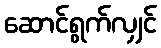
ဆောင်ရွက်လျှင်